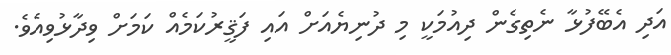
އަދި އެބޭފުޅާ ނެތިގެން ދިއުމަކީ މި ދުނިޔެއަށް އައި ފަޤީރުކަމެއް ކަމަށް ވިދާޅުވިއެވެ.